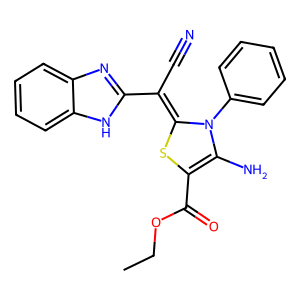
SMILES: CCOC(=O)C1=C(N)N(c2ccccc2)C(=C(C#N)c2nc3ccccc3[nH]2)S1
Inhibits HIV replication: No